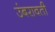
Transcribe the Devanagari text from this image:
उंबरावती